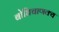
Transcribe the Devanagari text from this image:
बोधिचाणक्य